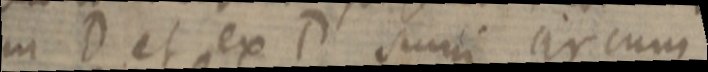
in D et ex D sumi circum